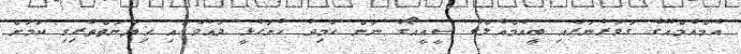
އެމްއެމްއޭގެ ގަވަރުނަރާއި ބީއެމްއެލްގެ ސީއީއޯގެ ނަން ހާމިދު ހުށަހެޅީ ދައުވާގައި ޚިޔާނަތްތެރިވި ކަމަށް